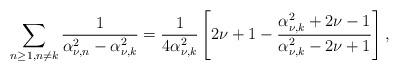
LaTeX: \begin{align*}\sum_{n\ge 1, n\neq k}\frac{1}{\alpha^2_{\nu,n}-\alpha^2_{\nu,k}}=\frac{1}{4\alpha^2_{\nu,k}}\left[2\nu+1-\frac{\alpha^2_{\nu,k}+2\nu-1} {\alpha^2_{\nu,k}-2\nu+1}\right], \end{align*}